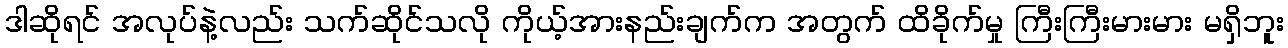
ဒါဆိုရင် အလုပ်နဲ့လည်း သက်ဆိုင်သလို ကိုယ့်အားနည်းချက်က အတွက် ထိခိုက်မှု ကြီးကြီးမားမား မရှိဘူး